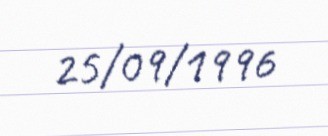
25/09/1996